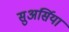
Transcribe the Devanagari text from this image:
सुअर्सिया